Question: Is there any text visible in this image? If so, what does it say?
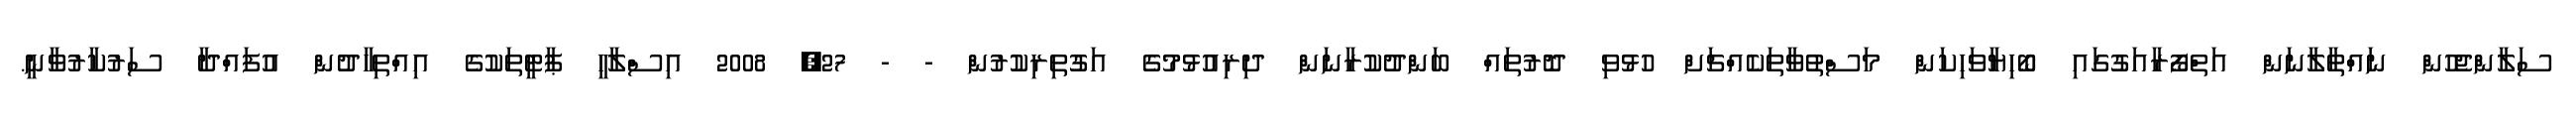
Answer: ސަލާންޖެހުން ނައްތާލާނަން އަތްފޯރާއަގުގައި ބޯހިޔާވަހިކަން މަސްތުވާތަކެއްޗަށް ހުޅުވި ދޮރުތައް ބަންދުކުރާނަން ދިރިއުޅުމުގެ އަގުތިރިކުރުން - - 27, 2008 އިސްލާހީ ޕާޓީތަކުގެ އިއްތިހާދުން އުފައްދާ ސަރުކާރުވާނީ.